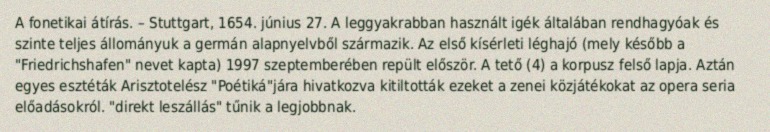
A fonetikai átírás. – Stuttgart, 1654. június 27. A leggyakrabban használt igék általában rendhagyóak és szinte teljes állományuk a germán alapnyelvből származik. Az első kísérleti léghajó (mely később a "Friedrichshafen" nevet kapta) 1997 szeptemberében repült először. A tető (4) a korpusz felső lapja. Aztán egyes esztéták Arisztotelész "Poétiká"jára hivatkozva kitiltották ezeket a zenei közjátékokat az opera seria előadásokról. "direkt leszállás" tűnik a legjobbnak.